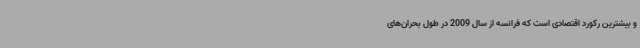
و بیشترین رکورد اقتصادی است که فرانسه از سال 2009 در طول بحران‌های